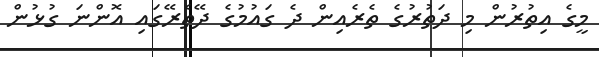
މީގެ އިތުރުން މި ދަތުރުގެ ތެރެއިން ދެ ގައުމުގެ ދޭތެރޭގައި އޮންނަ ގުޅުން